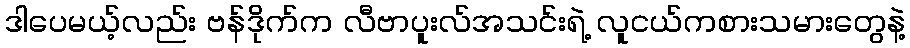
ဒါပေမယ့်လည်း ဗန်ဒိုက်က လီဗာပူးလ်အသင်းရဲ့ လူငယ်ကစားသမားတွေနဲ့